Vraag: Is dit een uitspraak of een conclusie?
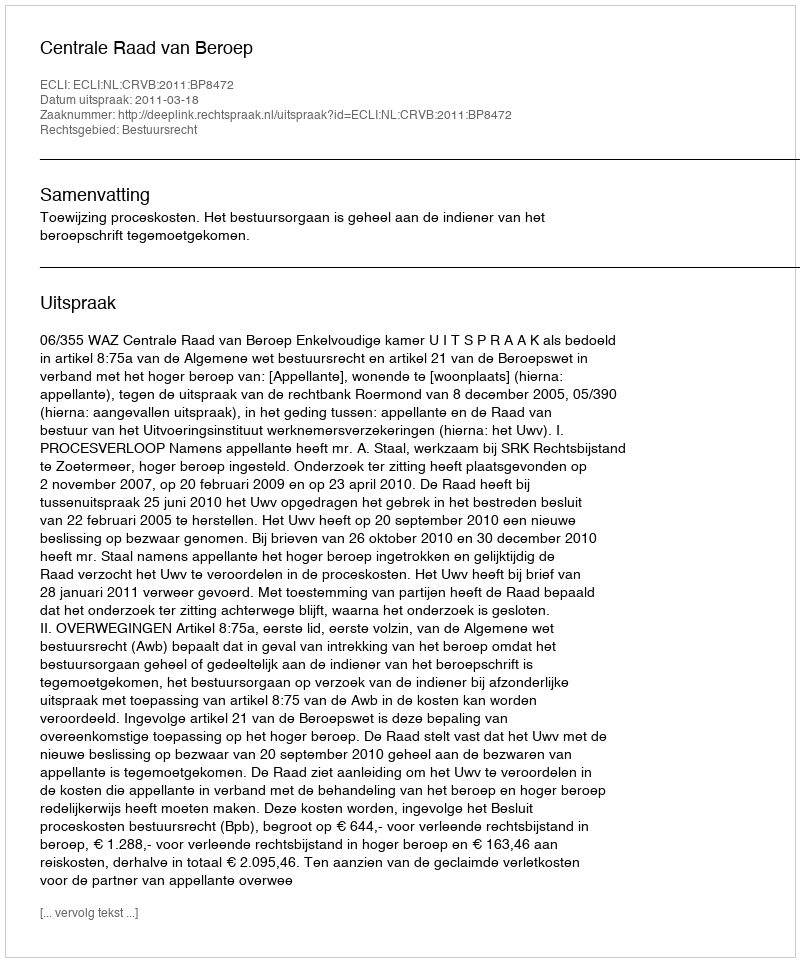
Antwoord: Uitspraak